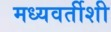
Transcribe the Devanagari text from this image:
मध्यवर्तीशी